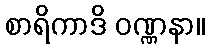
စာရိကာဒိ ဝဏ္ဏနာ။